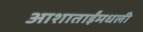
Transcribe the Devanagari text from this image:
आशाताईंमधली